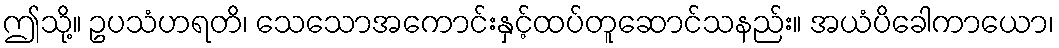
ဤသို့။ ဥပသံဟရတိ၊ သေသောအကောင်းနှင့်ထပ်တူဆောင်သနည်း။ အယံပိခေါကာယော၊